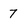
Character: 7